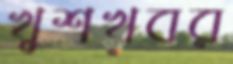
খুশখবর